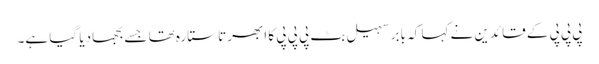
پی پی پی کے قائدین نے کہا کہ بابر سہیل بٹ پی پی پی کا ابھرتا ستارہ تھا جسے بجھادیا گیا ہے۔